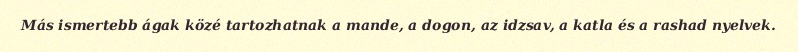
Más ismertebb ágak közé tartozhatnak a mande, a dogon, az idzsav, a katla és a rashad nyelvek.